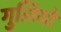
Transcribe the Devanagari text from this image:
गुलियो